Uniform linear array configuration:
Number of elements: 32
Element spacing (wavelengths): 0.75
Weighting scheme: kaiser
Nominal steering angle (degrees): -30
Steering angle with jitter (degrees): -31.357
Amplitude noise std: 0.05
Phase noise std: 0.05

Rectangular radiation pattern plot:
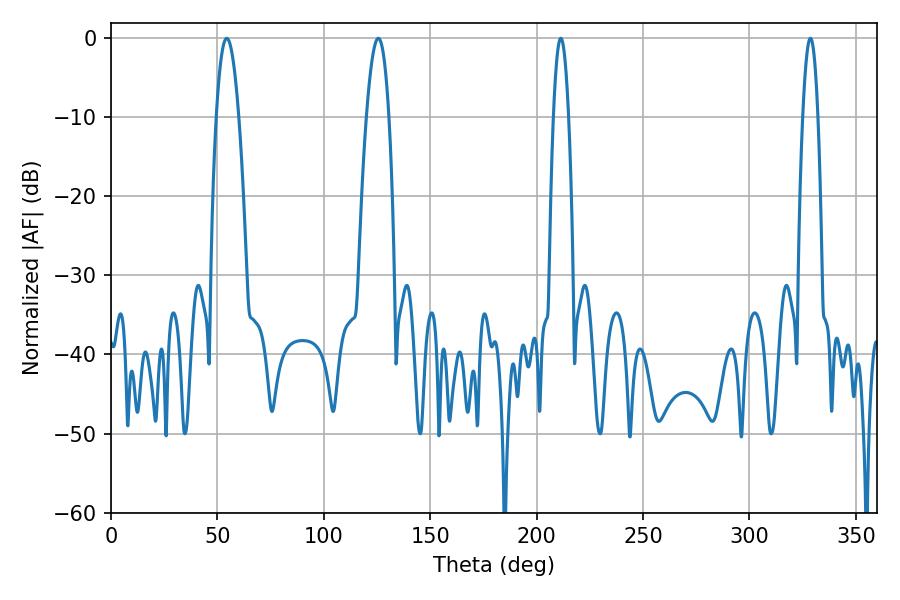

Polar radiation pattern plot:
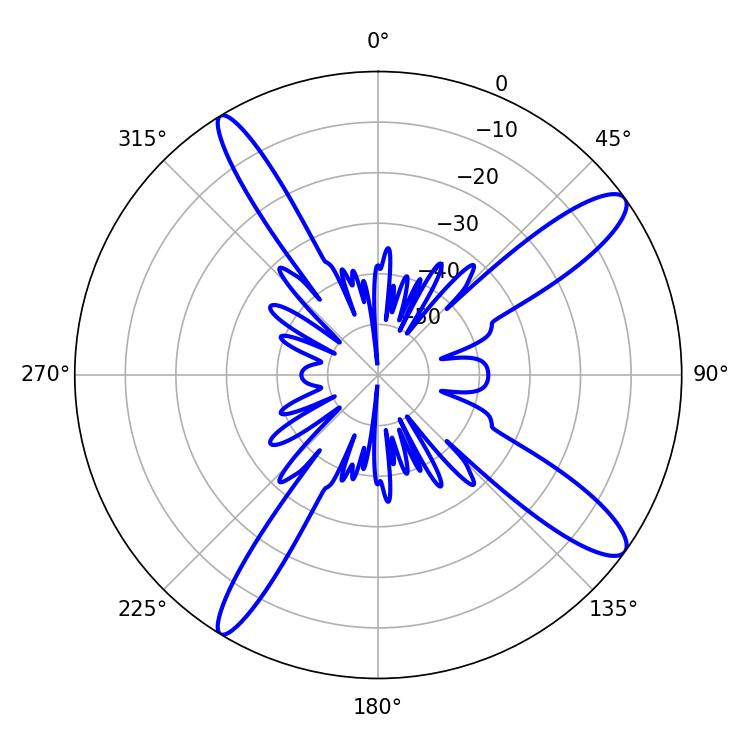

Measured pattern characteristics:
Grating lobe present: TRUE
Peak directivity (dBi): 12.959
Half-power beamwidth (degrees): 5.76
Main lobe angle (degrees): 54.36